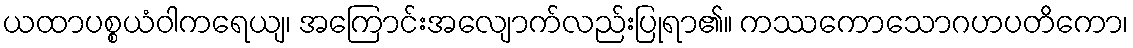
ယထာပစ္စယံဝါကရေယျ၊ အကြောင်းအလျောက်လည်းပြုရာ၏။ ကဿကောသောဂဟပတိကော၊